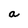
Character: a